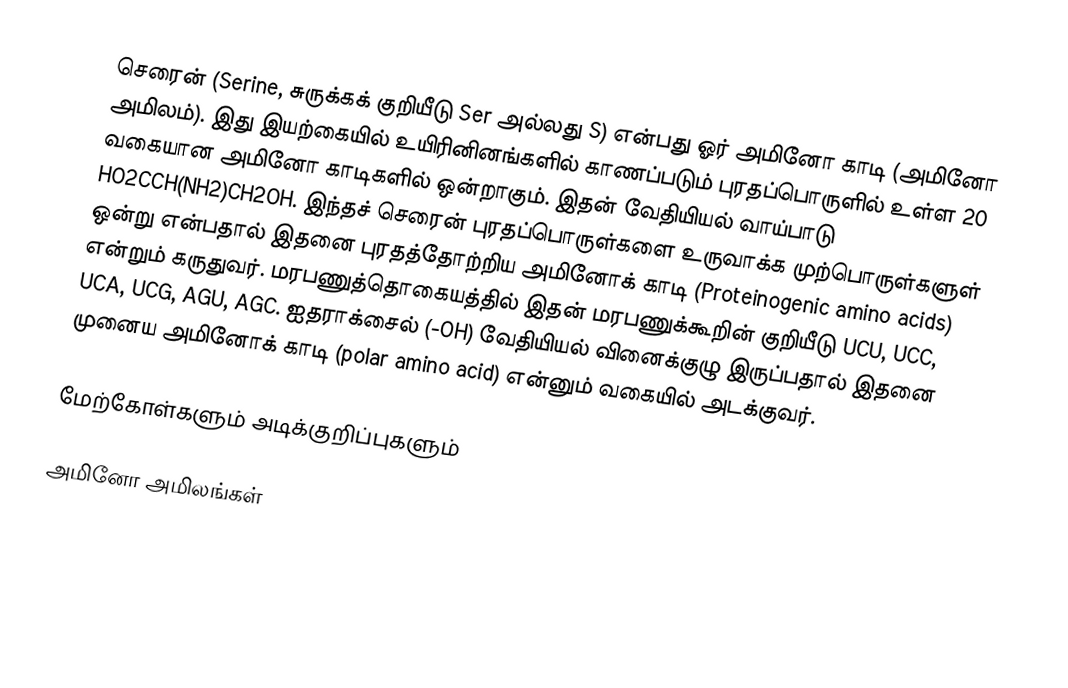
செரைன் (Serine, சுருக்கக் குறியீடு Ser அல்லது S) என்பது ஓர் அமினோ காடி (அமினோ அமிலம்). இது  இயற்கையில் உயிரினினங்களில் காணப்படும் புரதப்பொருளில் உள்ள 20 வகையான அமினோ காடிகளில் ஒன்றாகும். இதன் வேதியியல் வாய்பாடு HO2CCH(NH2)CH2OH. இந்தச் செரைன் புரதப்பொருள்களை உருவாக்க முற்பொருள்களுள் ஒன்று என்பதால் இதனை புரதத்தோற்றிய அமினோக் காடி (Proteinogenic amino acids) என்றும் கருதுவர். மரபணுத்தொகையத்தில் இதன் மரபணுக்கூறின் குறியீடு UCU, UCC, UCA, UCG, AGU, AGC. ஐதராக்சைல் (-OH) வேதியியல் வினைக்குழு இருப்பதால் இதனை முனைய அமினோக் காடி (polar amino acid) என்னும் வகையில் அடக்குவர்.

மேற்கோள்களும் அடிக்குறிப்புகளும்

அமினோ அமிலங்கள்